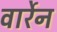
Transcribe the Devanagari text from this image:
वार्रेन